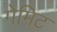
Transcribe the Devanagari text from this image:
गेमिट